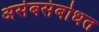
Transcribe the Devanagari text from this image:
असेबसंबोधत